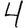
Digit: 4